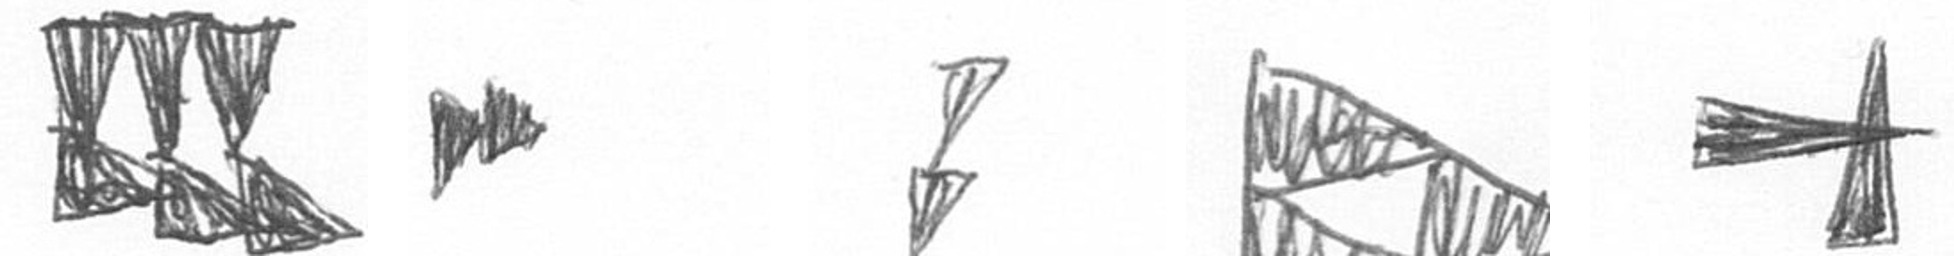
D A Z K G